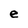
Character: e